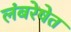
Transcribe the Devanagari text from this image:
लंबरेषेत